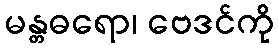
မန္တဓရော၊ ဗေဒင်ကို